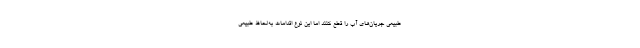
طبیعی جریان‌های آب را قطع کنند اما این نوع اقدامات به‌لحاظ طبیعی